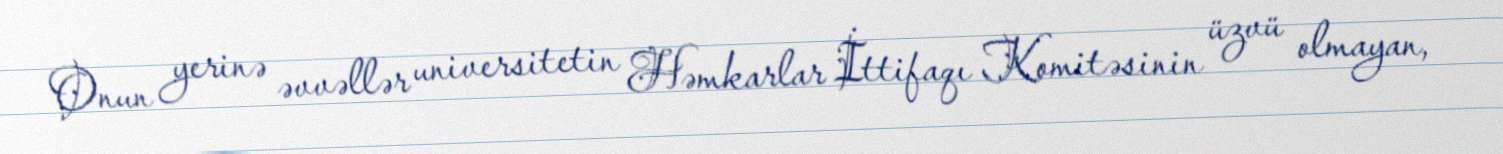
Onun yerinə əvvəllər universitetin Həmkarlar İttifaqı Komitəsinin üzvü olmayan,